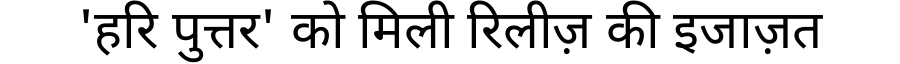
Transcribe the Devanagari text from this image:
'हरि पुत्तर' को मिली रिलीज़ की इजाज़त